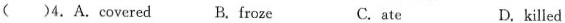
()4.A.Covered B.froze D.killed